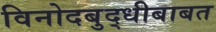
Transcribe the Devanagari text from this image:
विनोदबुद्धीबाबत